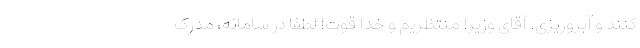
کنند و آبروریزی. آقای وزیر! منتظریم و خدا قوت! لطفا در سامانه، مدرک